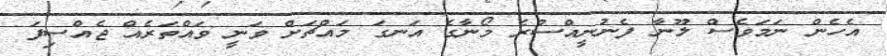
އެހެން ނަމަވެސް ލޫނާ ފެނުނީއްސުރެ މޯނާގެ އަނގަ މައްޗަށް ވަނީ ވައްތަރެއް ޖެއްސިފަ